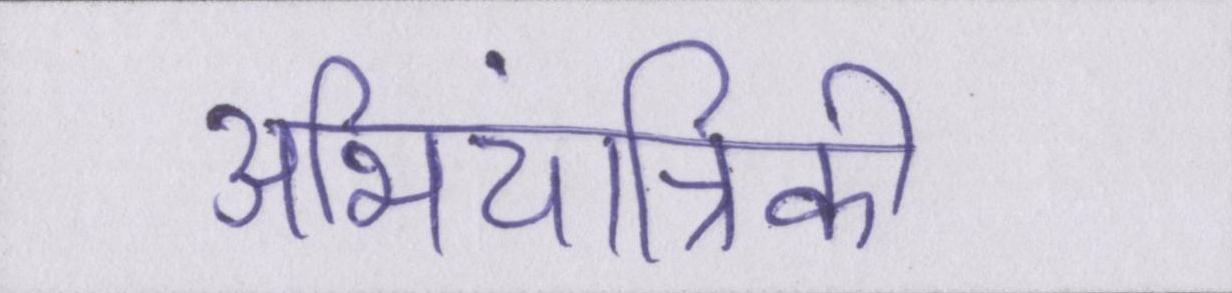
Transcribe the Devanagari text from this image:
अभियांत्रिकी